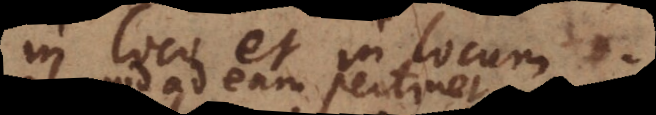
in loco et in locum.